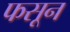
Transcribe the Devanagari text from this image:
फसून